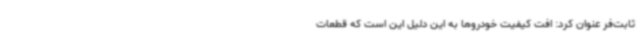
ثابت‌فر عنوان کرد: افت کیفیت خودروها به این دلیل این است که قطعات